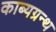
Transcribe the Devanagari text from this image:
काब्यग्रन्थ